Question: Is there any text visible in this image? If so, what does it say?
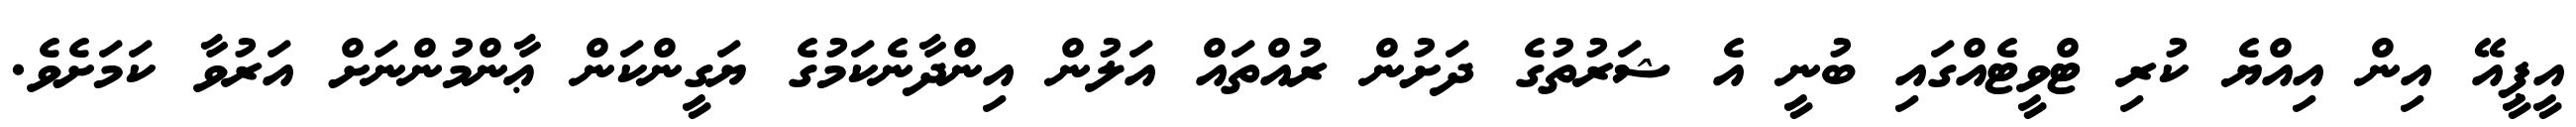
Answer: އީޕީއޭ އިން އިއްޔެ ކުރި ޓްވީޓެއްގައި ބުނީ އެ ޝަރުތުގެ ދަށުން ރުއްތައް އަލުން އިންދާނެކަމުގެ ޔަގީންކަން ޢާންމުންނަށް އަރުވާ ކަމަށެވެ.